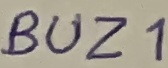
Text: BUZ1